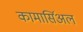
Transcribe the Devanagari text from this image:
कामार्सिअल